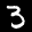
Label: 3